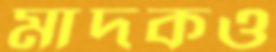
মাদকও